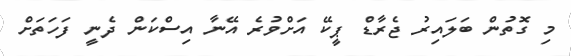
މި ގޮތުން ބަލައިރު ޖެރާޑް ޕީކޭ އަށްވުރެ އޭނާ އިސްކަން ދެނީ ފަހަތަށް